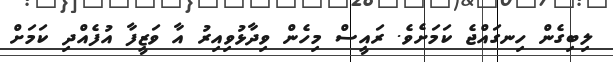
ލިބިގެން ހިނގައްޖެ ކަމަށެވެ. ރައީސް މިހެން ވިދާޅުވިއިރު އާ ވަޒީފާ އުފެއްދި ކަމަށް